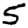
Digit: 5